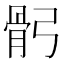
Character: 𩨙